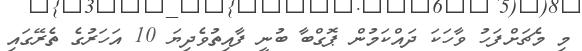
މި މެޗަށްފަހު ވާހަކަ ދައްކަމުން ޕޮގްބާ ބުނީ ފާއިތުވެދިޔަ 10 އަހަރުގެ ތެރޭގައި